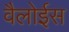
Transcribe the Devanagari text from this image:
वैलोईस